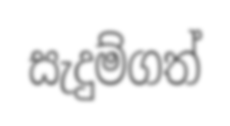
සැදුම්ගත්